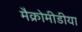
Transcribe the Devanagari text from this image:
मैक्रोमीडीया